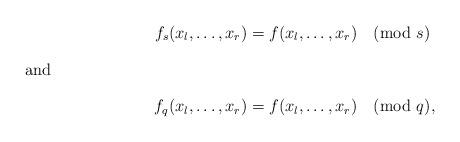
LaTeX: \begin{align*}f_s(x_{l}, \ldots, x_r) &= f(x_{l}, \ldots, x_r) \pmod{s} \\\intertext{and}f_q(x_{l}, \ldots, x_r) &= f(x_{l}, \ldots, x_r) \pmod{q},\end{align*}